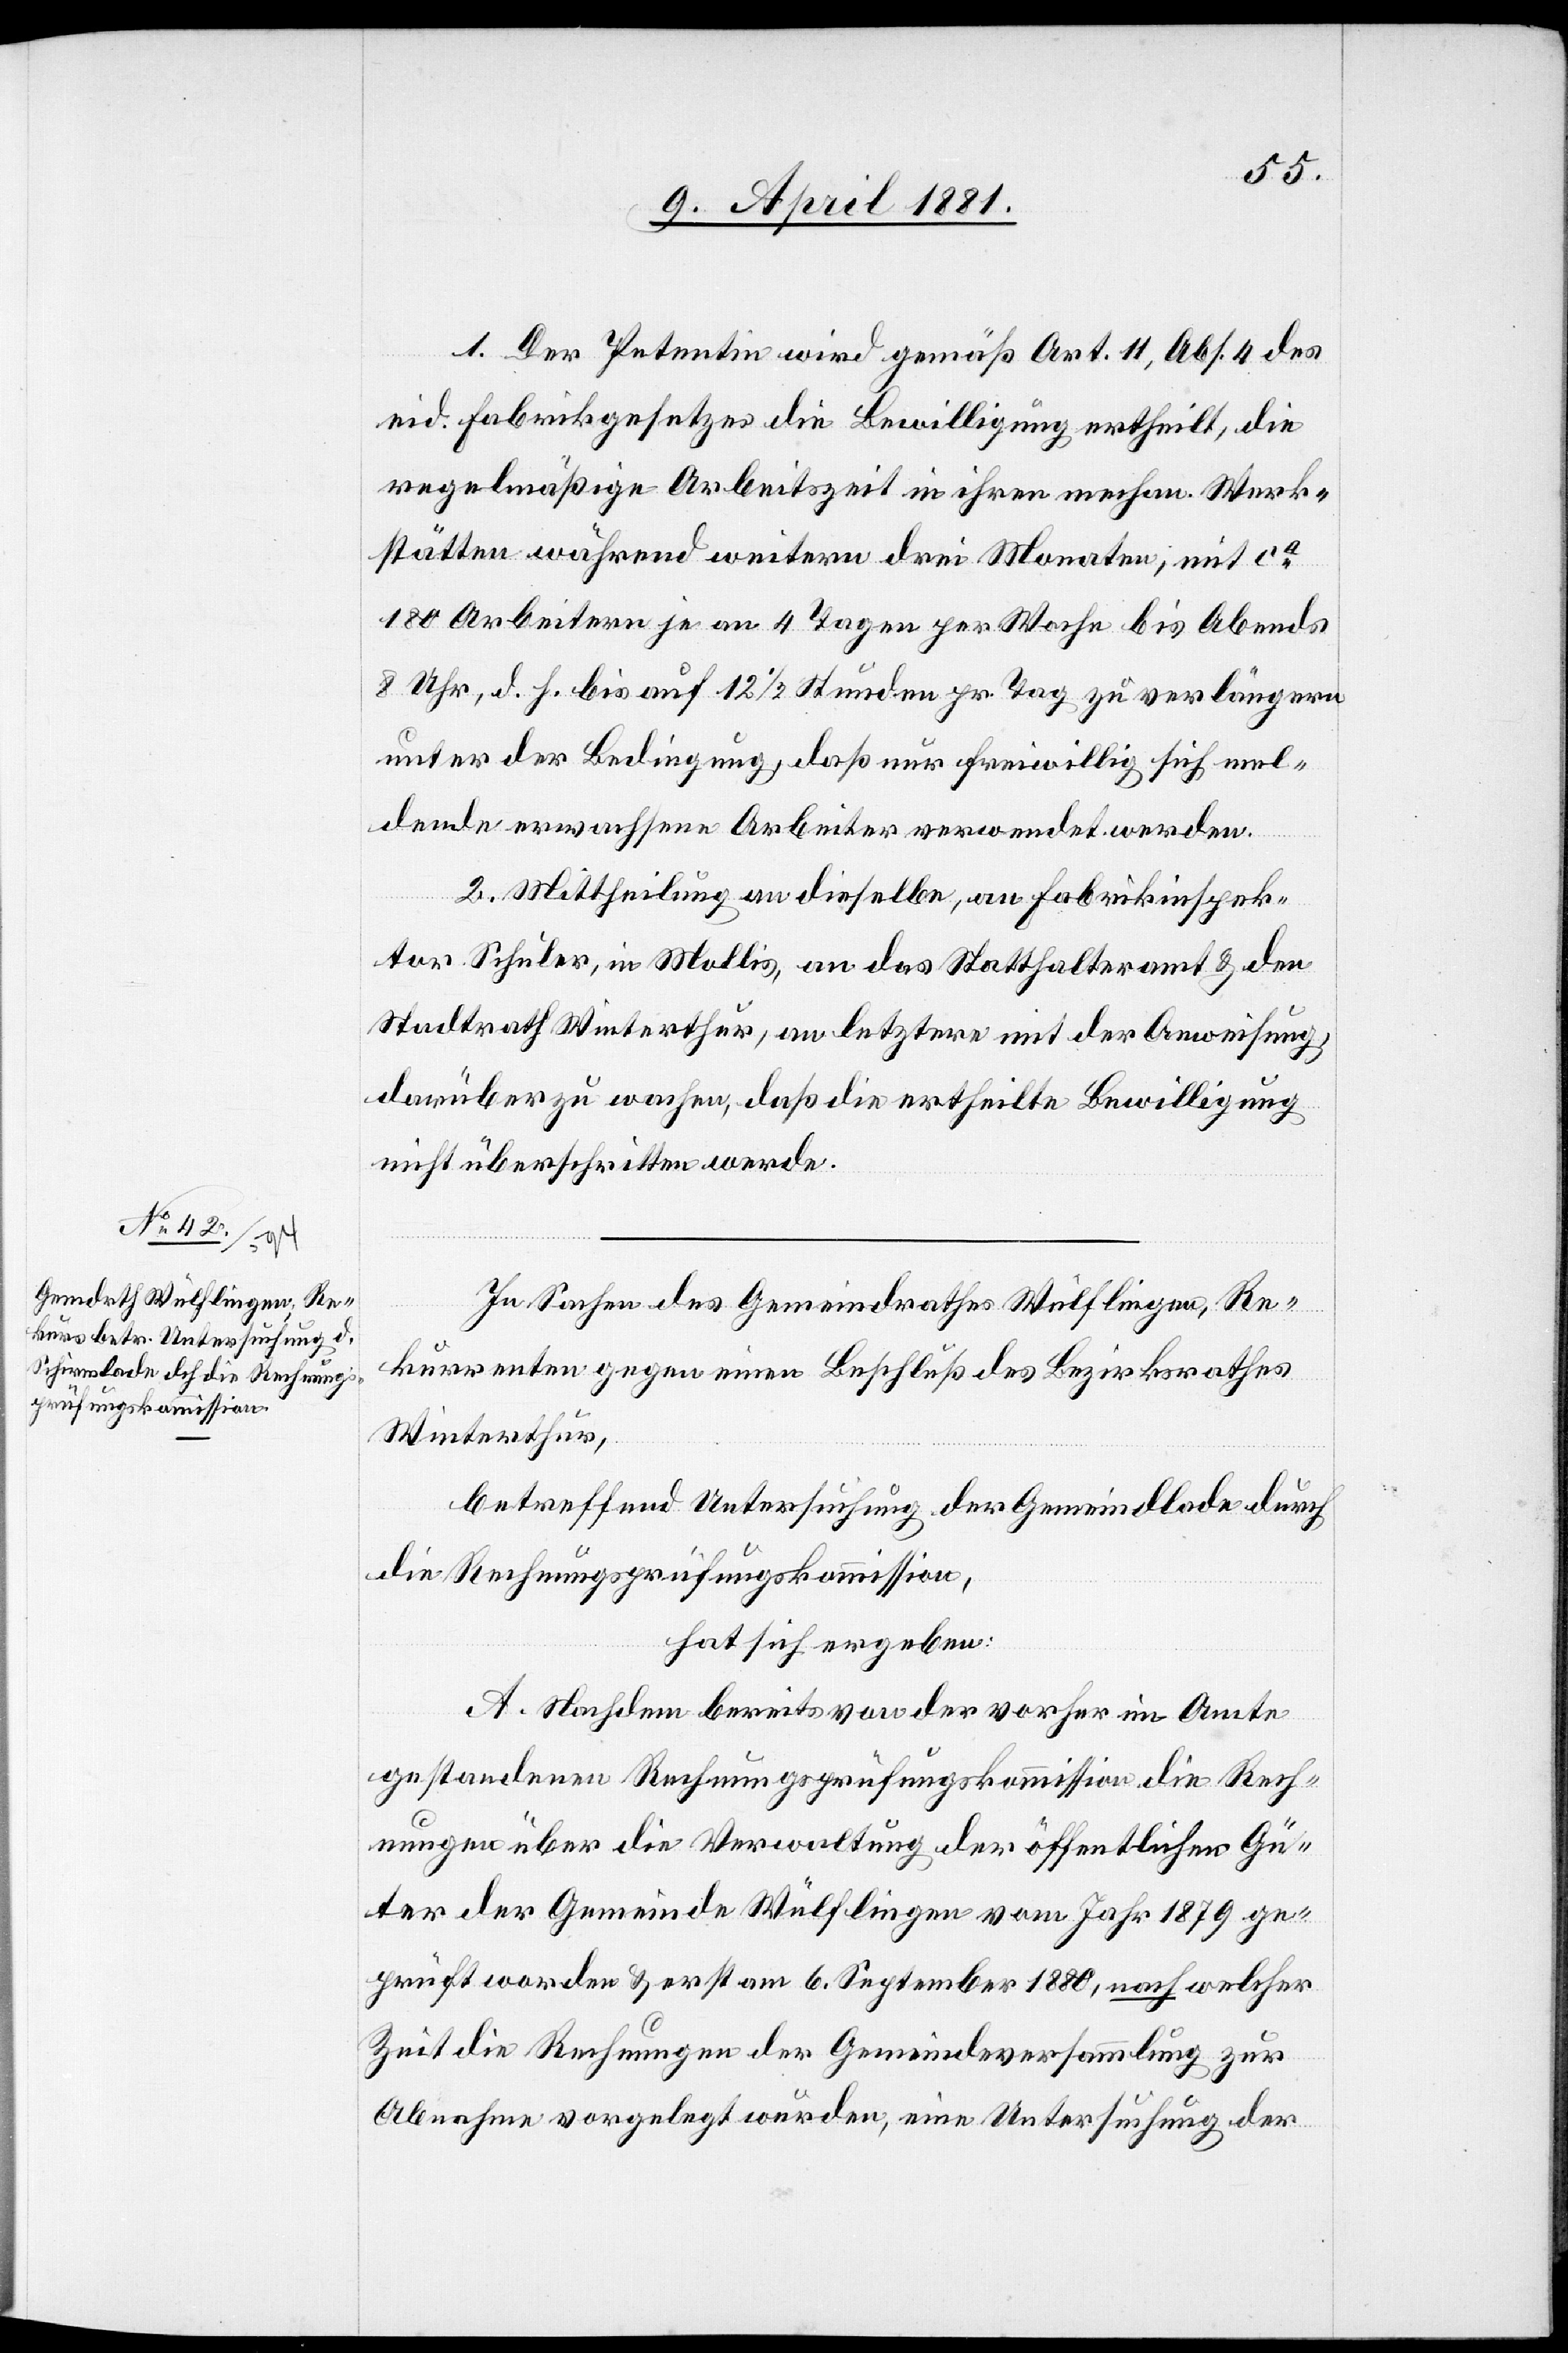
1. Der Petentin wird gemäß Art. 11, Abs. 4 des
eid. Fabrikgesetzes die Bewilligung ertheilt, die
regelmäßige Arbeitszeit in ihren mechan. Werk¬
stätten während weitern drei Monaten, mit ca
180 Arbeitern je an 4 Tagen per Woche bis Abends
8 Uhr, d. h. bis auf 12 1/2 Stunden pr. Tag zu verlängern
unter der Bedingung daß nur freiwillig sich mel¬
dende erwachsene Arbeiter verwendet werden.
2. Mittheilung an dieselbe, an Fabrikinspek¬
tor Schuler, in Mollis, an das Statthalteramt & den
Stadtrath Winterthur, an letzere mit der Anweisung,
darüber zu wachen, daß die ertheilte Bewilligung
nicht überschritten werde.
In Sachen des Gemeindrathes Wülflingen, Re¬
kurrenten gegen einen Beschluß des Bezirksrathes
Winterthur,
betreffend Untersuchung der Gemeindlade durch
die Rechnungsprüfungskommission,
hat sich ergeben:
A. Nachdem bereits von der vorher im Amte
gestandenen Rechnungsprüfungskommission die Rech¬
nungen über die Verwaltung der öffentlichen Gü¬
ter der Gemeinde Wülflingen vom Jahr 1879 ge¬
prüft worden & erst am 6. September 1880, nach welcher
Zeit die Rechnungen der Gemeindeversammlung zur
Abnahme vorgelegt wurden, eine Untersuchung der